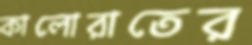
কালোরাতের